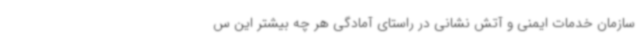
سازمان خدمات ایمنی و آتش نشانی در راستای آمادگی هر چه بیشتر این س